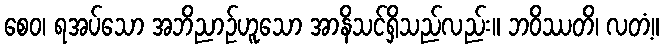
စေဝ၊ ရအပ်သော အဘိညာဉ်ဟူသော အာနိသင်ရှိသည်လည်း။ ဘဝိဿတိ၊ လတံ့။